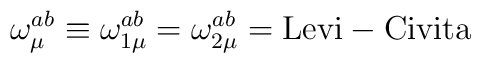
\qquad\qquad\omega^{ab}_{\mu}\equiv \omega^{ab}_{1\mu}=\omega^{ab}_{2\mu}  ={\rm Levi-Civita}